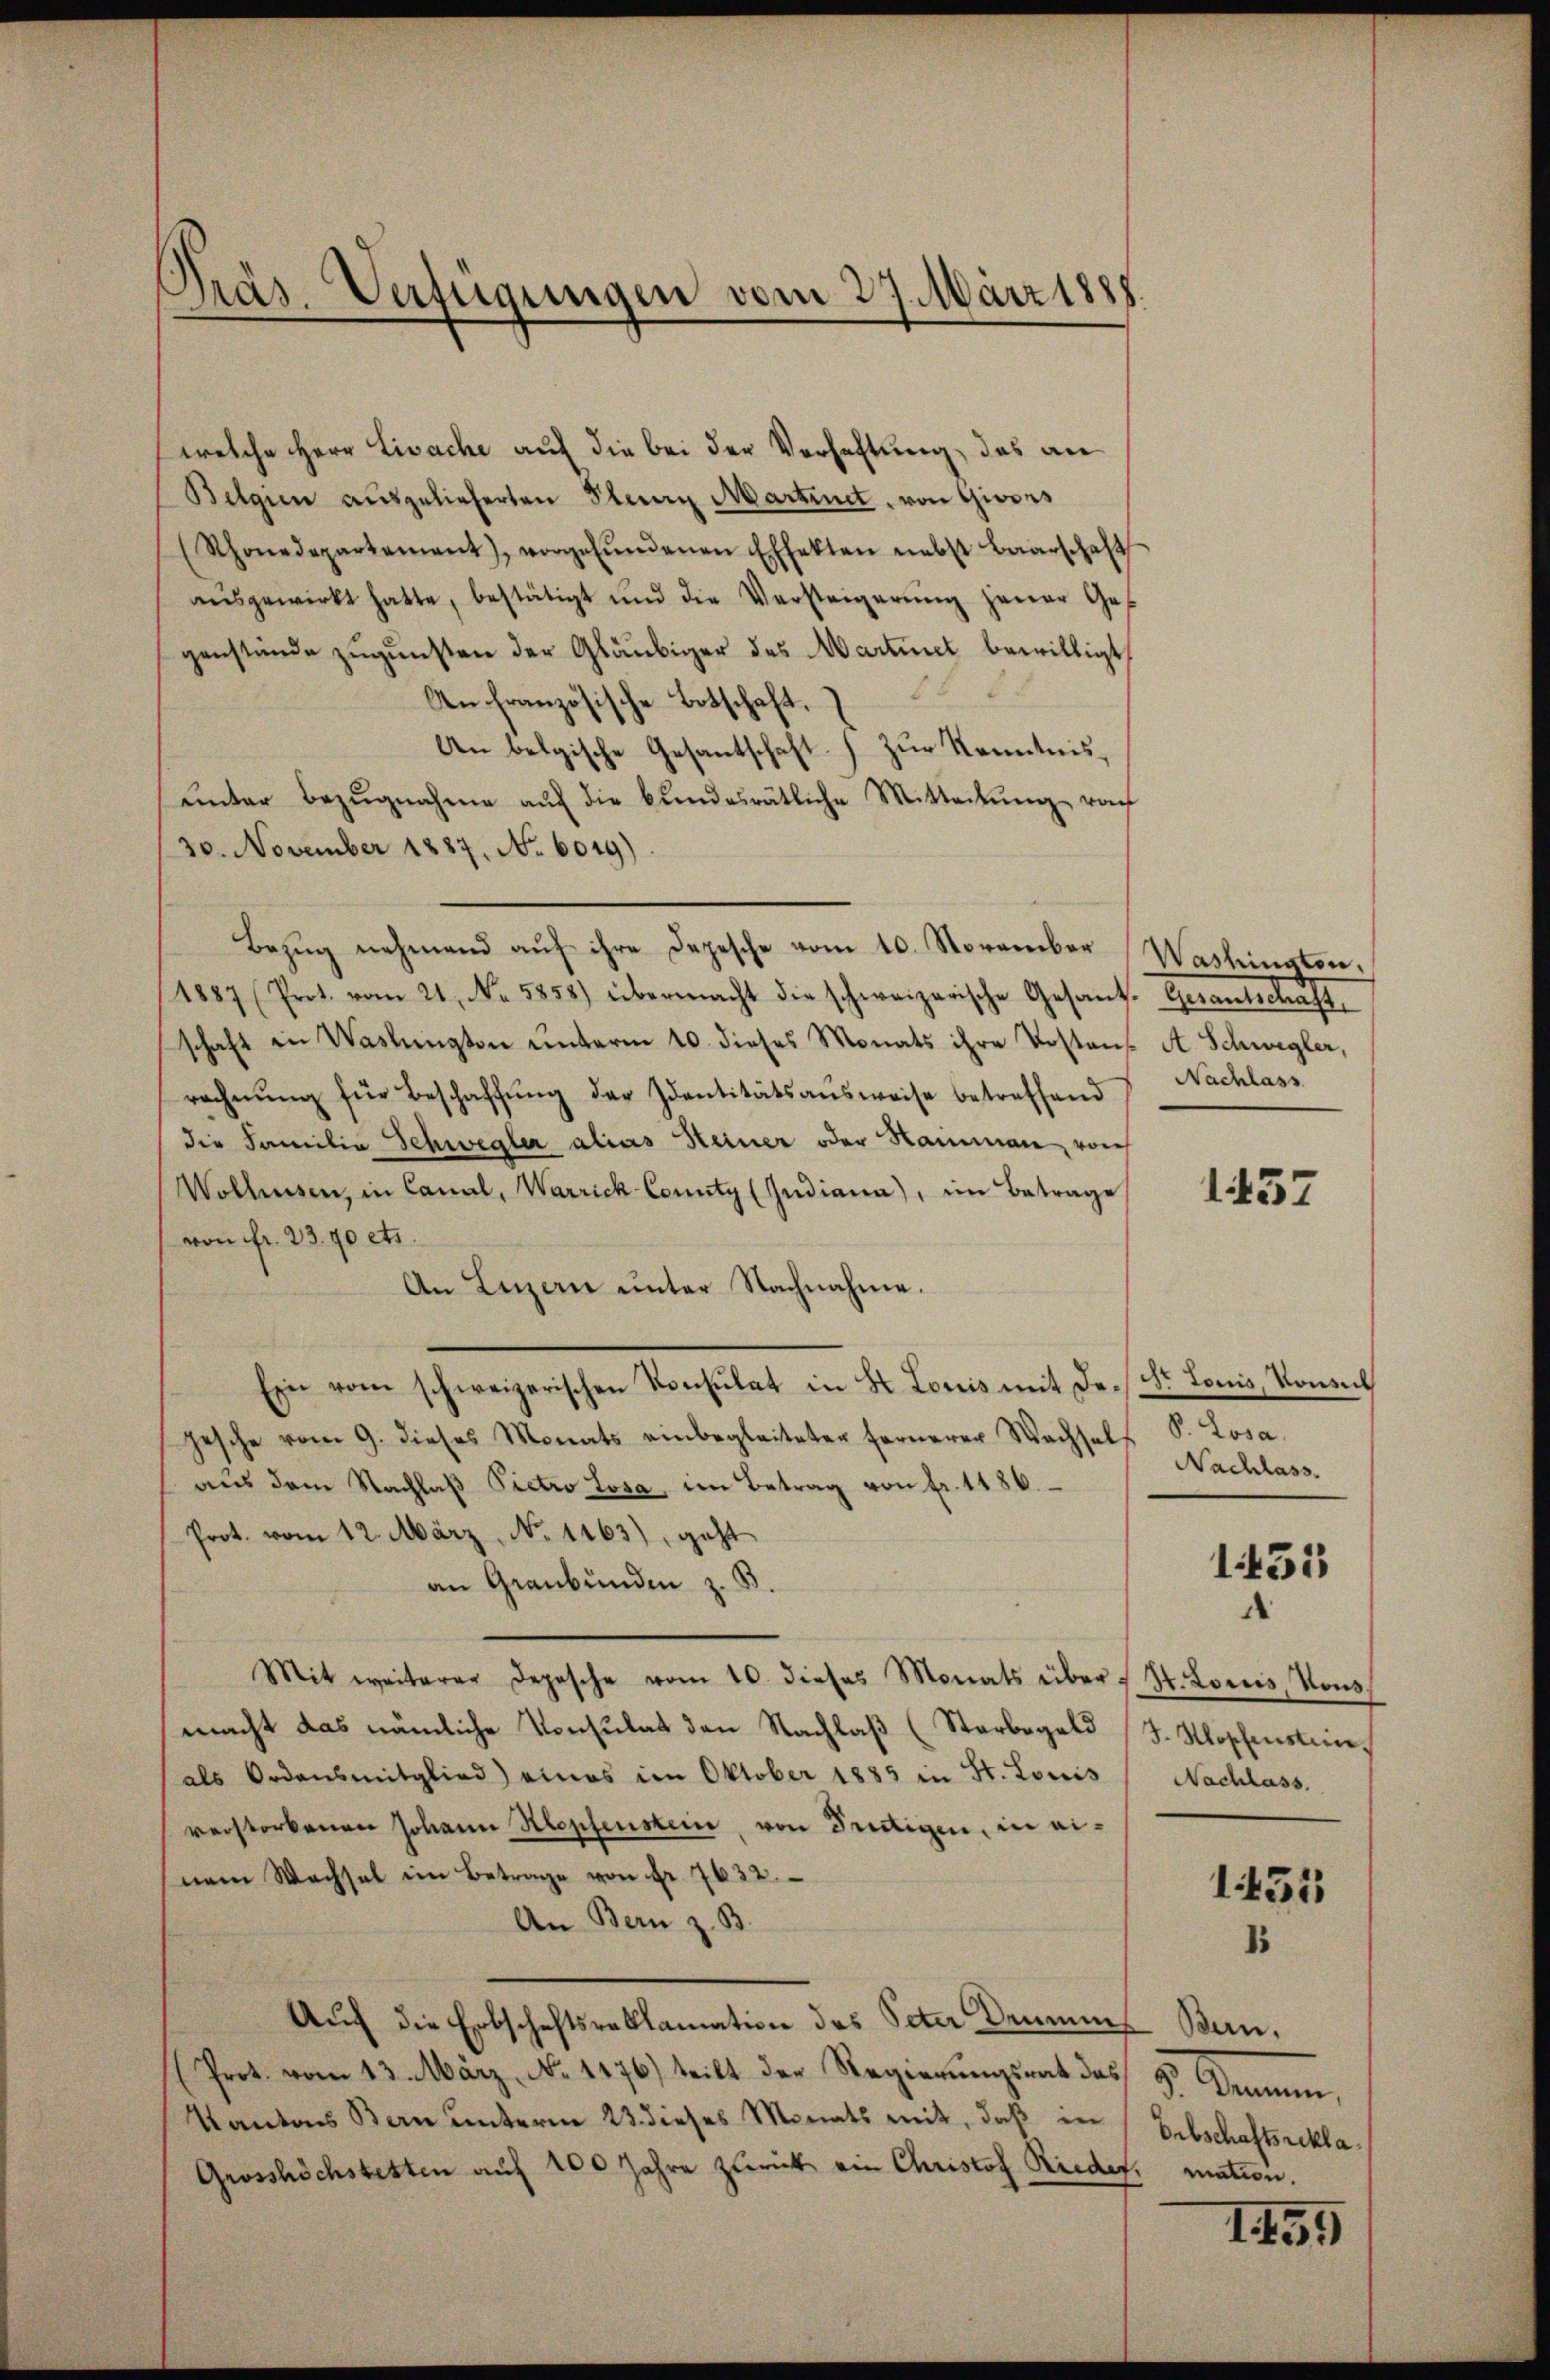
Präs. Verfügungen vom 27. März 1888

welche Herr Lisache auf die bei der Verhaftung, das an
Belgien ausgelieferten Pleorg Martinet, von Giores
(Rhonedepartament, vorgefŭndenen Effekten nebst Baarschaft
aŭsgewirkt hatte, bestätigt und die Versteigerŭng jener Ges
genstände zugunsten der Gläubiger des Martinet bewilligt
An französische Botschaft.
An belgische Gesantschaft zur Kenntnisŭnter Bezŭgnahme aŭf die bundesrätliche Mitteilŭng rach
30. November 1887, No. 6019)
Bezŭg nehmend aŭf ihre Depesche vom 10. November Washington,
(1887 (Prot. vom 21. No. 5858) übermacht die schweizerische Gesand. Gesantschaft
schaft in Waslington unterm 10. dieses Monats ihre Postens A. Schwegler,
rechnŭng für Beschaffŭng der Identitätsaŭsweise betreffend
die Familia Schwegler alias Heiner oder Hammen, von
Wolhusen, in Canal, Warriek-County (Judiana), im Betrage
von fr. 23.40 cts.
An Luzern unter Nachnahme.
Ein vom schweizerischen Konsulat in St. Louis mit des Dr. Louis, Konsul
gesche vom 9. dieses Monats einbegleiteter fernerer Wachself S. Losa.
aŭs dem Nachlaβ Pietro Losa im Betrag von fr. 1186.
Prot. vom 12. März. No 1463), geht
an Graubünden z. B.
Mit weiterer Depesche vom 10. dieses Monats über St. Loris, Vons
macht das nämliche Konsulat den Nachlaß (Starbegeld (T. Kloschensteinals Ordensmitglied eines im Oktober 1885 in St. Louis
verstorbenen Johann Klopfenstein, von Frutigen, in einem Wechsel im Betrage von Fr. 7632.
An Bern z. B.
Auch die Erbschaftsreklamation des Peter Dein Bern,
(Prot. vom 13. März, No 1176) teilt der Regierŭngsrat des 9. Demmen,
Kantons Bern ŭnterm 23. dieses Monats mit, daβ in
Grosshöchstetten auf 100 Jahre zurück ein Christof Rieder, mation.

Nachlass

1437

Nachlass.

1451

Nachlass.

1455
1

Erbschaftsrekla

1459